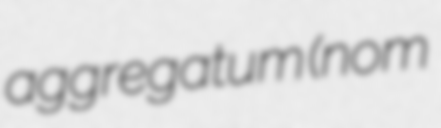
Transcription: aggregatum (nom